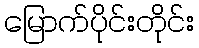
မြောက်ပိုင်းတိုင်း